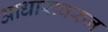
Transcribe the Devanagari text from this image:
आधारावरुन